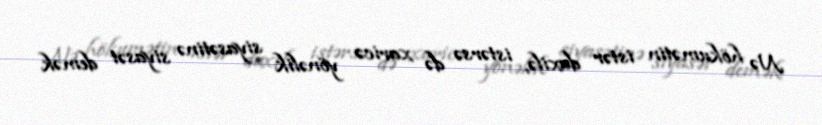
Nə hökumətin istər daxilə, istərsə də xaricə yönəlik siyasətinə siyasət demək